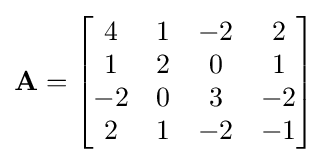
\mathbf {A} ={\begin{bmatrix}4&1&-2&2\\1&2&0&1\\-2&0&3&-2\\2&1&-2&-1\end{bmatrix}}